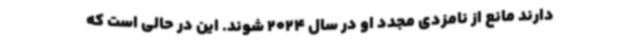
دارند مانع از نامزدی مجدد او در سال 2024 شوند. این در حالی است که